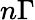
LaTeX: n\Gamma